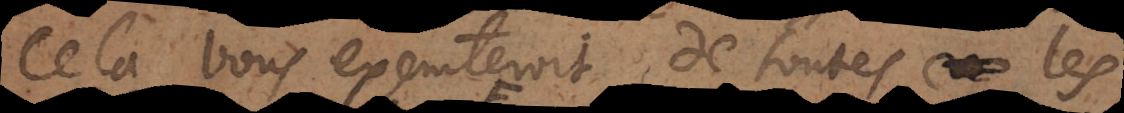
Cela vous exemteroit de toutes les